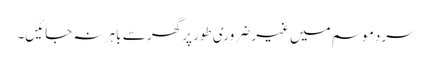
سرد موسم میں غیر ضروری طور پر گھر سے باہر نہ جائیں۔